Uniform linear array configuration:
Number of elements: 12
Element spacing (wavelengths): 1
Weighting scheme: exponential
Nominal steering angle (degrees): -30
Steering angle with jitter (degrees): -28.16
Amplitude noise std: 0.05
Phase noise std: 0.05

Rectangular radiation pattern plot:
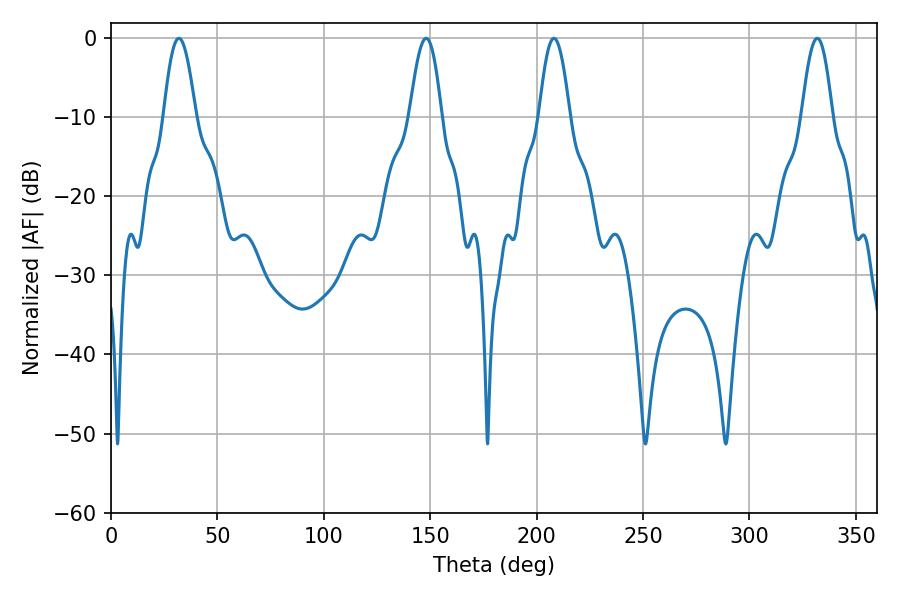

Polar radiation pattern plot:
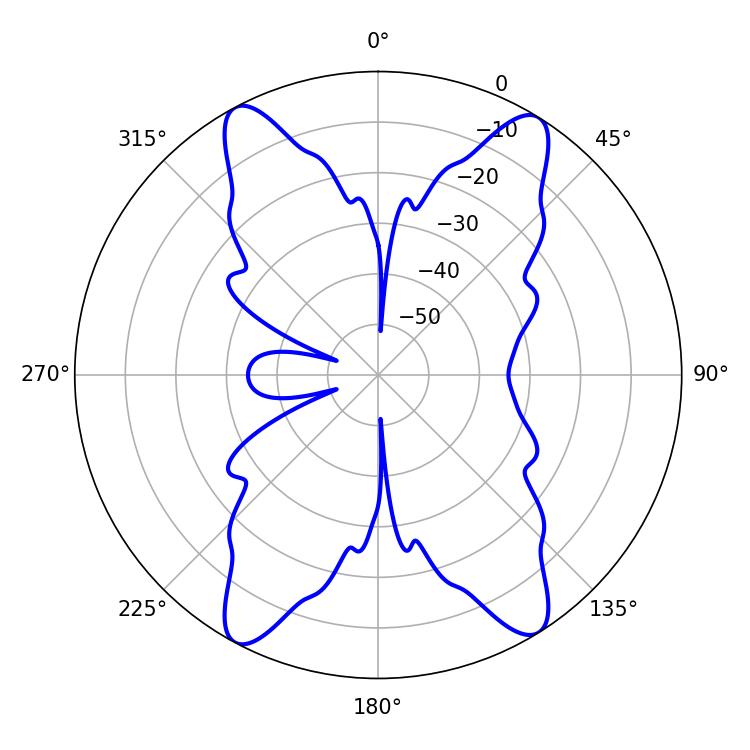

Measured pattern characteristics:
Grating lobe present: TRUE
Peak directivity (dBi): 18.634
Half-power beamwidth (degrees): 8.1
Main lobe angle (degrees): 31.86